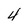
Character: 4